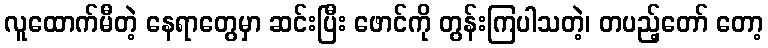
လူထောက်မီတဲ့ နေရာတွေမှာ ဆင်းပြီး ဖောင်ကို တွန်းကြပါသတဲ့၊ တပည့်တော် တော့